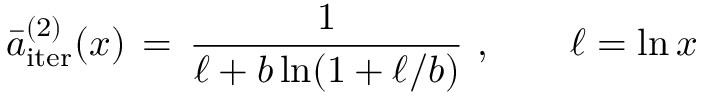
\bar { a } _ { \mathrm { i t e r } } ^ { ( 2 ) } ( x ) \, = \, \frac { 1 } { \ell + b \ln ( 1 + \ell / b ) } ~ , \qquad \ell = \ln x \,